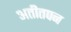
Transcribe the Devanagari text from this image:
अतीतपन